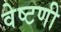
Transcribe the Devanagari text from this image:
वेष्टणी